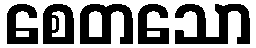
စေတသော